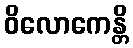
ဝိလောကေန္တိ